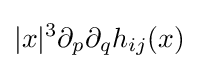
|x|^{3}\partial _{p}\partial _{q}h_{ij}(x)